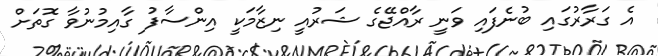
އެ ގަރާރުގައި ބުނެފައި ވަނީ ރާއްޖޭގެ ޝަރުއީ ނިޒާމަކީ އިންސާފު ގާއިމުނުވާ ގޮތަށް